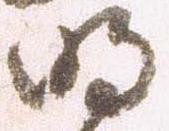
明